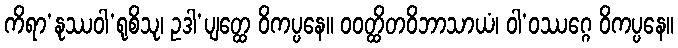
ကိရာ’နုဿဝါ’ရုစိသု၊ ဥဒါ’ပျတ္ထေ ဝိကပ္ပနေ။ ဝဝတ္ထိတဝိဘာသာယံ၊ ဝါ’ဝဿဂ္ဂေ ဝိကပ္ပနေ။